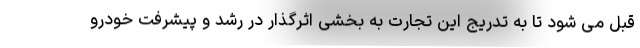
قبل می شود تا به تدریج این تجارت به بخشی اثرگذار در رشد و پیشرفت خودرو